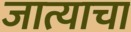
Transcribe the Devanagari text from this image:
जात्याचा